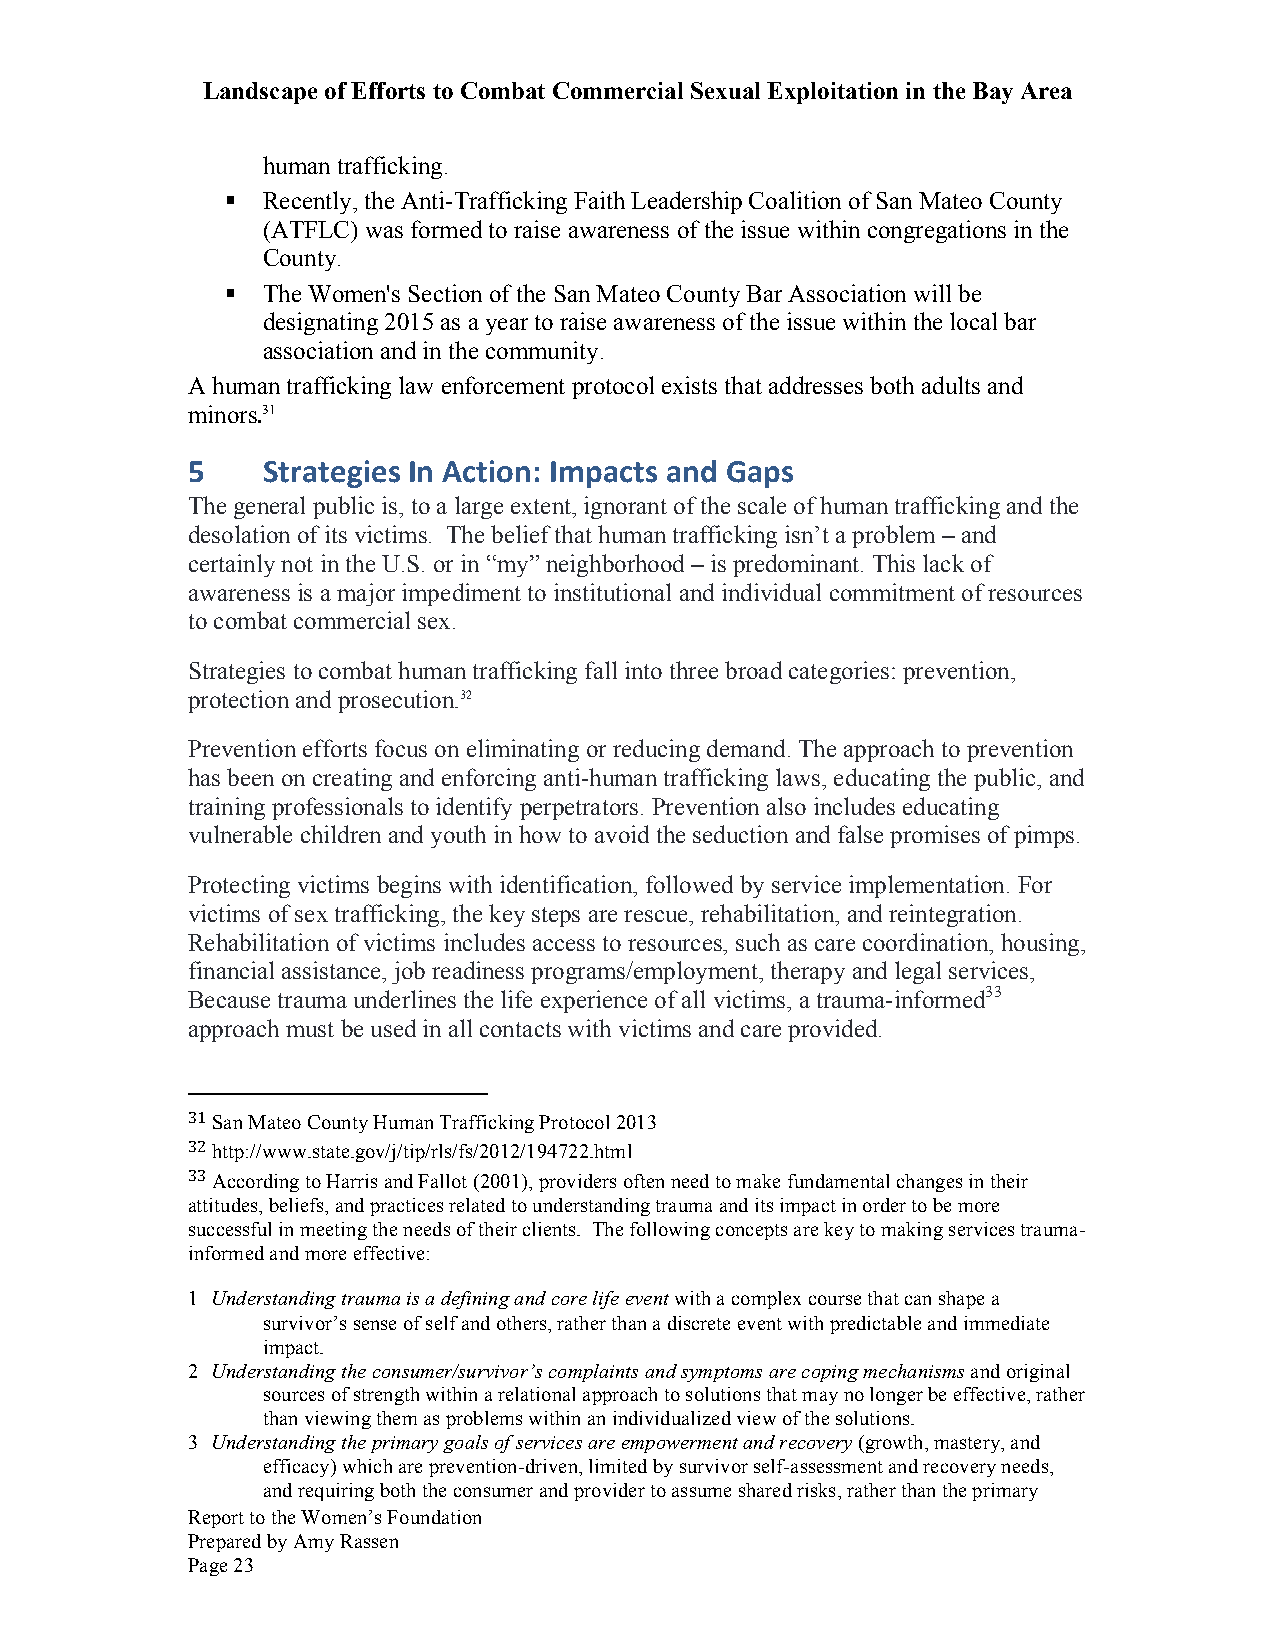
Landscape of Efforts to Combat Commercial Sexual Exploitation in the Bay Area
 human trafficking.
 § Recently, the Anti-Trafficking Faith Leadership Coalition of San Mateo County
 (ATFLC) was formed to raise awareness of the issue within congregations in the
 County.
 § The Women's Section of the San Mateo County Bar Association will be
 designating 2015 as a year to raise awareness of the issue within the local bar
 association and in the community.
 A human trafficking law enforcement protocol exists that addresses both adults and
 minors.31
 5    Strategies In Action: Impacts and Gaps
 The general public is, to a large extent, ignorant of the scale of human trafficking and the
 desolation of its victims. The belief that human trafficking isn’t a problem – and
 certainly not in the U.S. or in “my” neighborhood – is predominant. This lack of
 awareness is a major impediment to institutional and individual commitment of resources
 to combat commercial sex.
 Strategies to combat human trafficking fall into three broad categories: prevention,
 protection and prosecution.32
 Prevention efforts focus on eliminating or reducing demand. The approach to prevention
 has been on creating and enforcing anti-human trafficking laws, educating the public, and
 training professionals to identify perpetrators. Prevention also includes educating
 vulnerable children and youth in how to avoid the seduction and false promises of pimps.
 Protecting victims begins with identification, followed by service implementation. For
 victims of sex trafficking, the key steps are rescue, rehabilitation, and reintegration.
 Rehabilitation of victims includes access to resources, such as care coordination, housing,
 financial assistance, job readiness programs/employment, therapy and legal services,
 Because trauma underlines the life experience of all victims, a trauma-informed33
 approach must be used in all contacts with victims and care provided.
 31 San Mateo County Human Trafficking Protocol 2013
 32 http://www.state.gov/j/tip/rls/fs/2012/194722.html
 33 According to Harris and Fallot (2001), providers often need to make fundamental changes in their
 attitudes, beliefs, and practices related to understanding trauma and its impact in order to be more
 successful in meeting the needs of their clients. The following concepts are key to making services trauma-
 informed and more effective:
 1 Understanding trauma is a defining and core life event with a complex course that can shape a
 survivor’s sense of self and others, rather than a discrete event with predictable and immediate
 impact.
 2 Understanding the consumer/survivor’s complaints and symptoms are coping mechanisms and original
 sources of strength within a relational approach to solutions that may no longer be effective, rather
 than viewing them as problems within an individualized view of the solutions.
 3 Understanding the primary goals of services are empowerment and recovery (growth, mastery, and
 efficacy) which are prevention-driven, limited by survivor self-assessment and recovery needs,
 and requiring both the consumer and provider to assume shared risks, rather than the primary
 Report to the Women’s Foundation
 Prepared by Amy Rassen
 Page 23